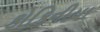
કોકિનીયા